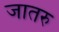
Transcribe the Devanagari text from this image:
जातरु